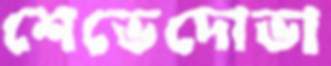
শেভেদোভা